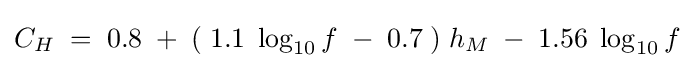
C_{H}\;=\;0.8\;+\;(\;1.1\;\log _{10}f\;-\;0.7\;)\;h_{M}\;-\;1.56\;\log _{10}f